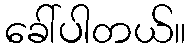
ခေါ်ပါတယ်။